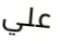
علي